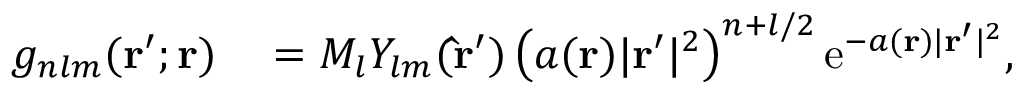
\begin{array} { r l } { g _ { n l m } ( \mathbf { r } ^ { \prime } ; \mathbf { r } ) } & { { } = M _ { l } Y _ { l m } ( \mathbf { \hat { r } } ^ { \prime } ) \left( a ( \mathbf { r } ) | \mathbf { r } ^ { \prime } | ^ { 2 } \right) ^ { n + l / 2 } \mathrm { e } ^ { - a ( \mathbf { r } ) | \mathbf { r } ^ { \prime } | ^ { 2 } } , } \end{array}